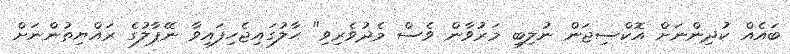
ބައެއް ކުދިންނަށް އޮކްސިޖަން ނުލިބި މަރުވާން ވެސް މެދުވެރިވި" ހާލުގައިޖެހިފައިވާ ނޭޕާލުގެ ރައްޔިތުންނަށް